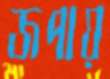
জপায়